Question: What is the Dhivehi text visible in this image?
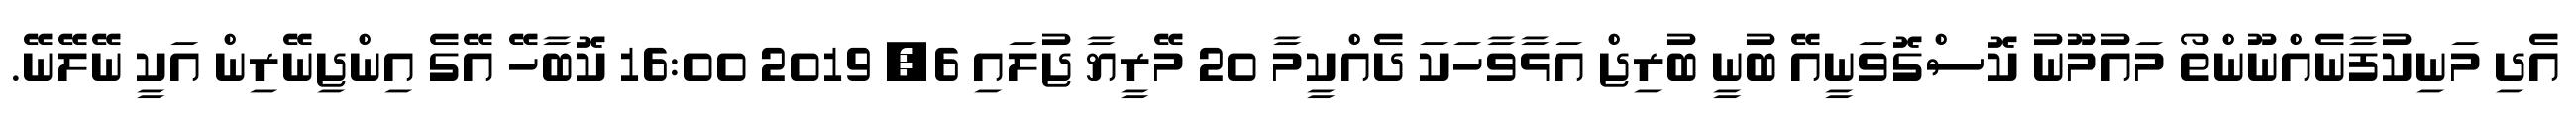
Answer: އެދި މަނިކުފާނެއްނޫންތޯ މައުމޫނު ކޮސްގޮވަނީއޭ ބުނީ ބުރިޖް އަޅާވާހަކަ ދެއްކީމާ 20 މޭރީޔާ ޖުލައި 6, 2019 16:00 ކޮބާހޭ އޭގެ އިންޖިނޭރިން އަކީ ނޭލޭނޭ.